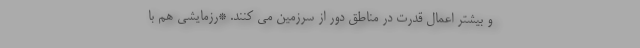
و بیشتر اعمال قدرت در مناطق دور از سرزمین می کنند. *رزمایشی هم با